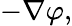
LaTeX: -\nabla\varphi,